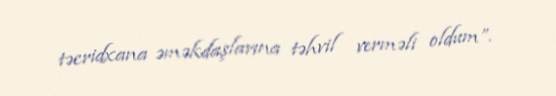
təcridxana əməkdaşlarına təhvil verməli oldum”.